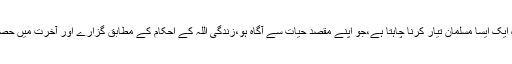
اسلامی نظام تعلیم کا بنیادی ہدف ہی یہ ہے کہ وہ ایک ایسا مسلمان تیار کرنا چاہتا ہے،جو اپنے مقصد حیات سے آگاہ ہو،زندگی اللہ کے احکام کے مطابق گزارے اور آخرت میں حصول رضائے الہی اس کا پہلا اور آخری مقصد ہو۔